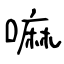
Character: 嘛